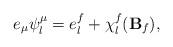
LaTeX: \begin{align*}e_{\mu}\psi^{\mu}_{l}=e^{f}_{l} + \chi^{f}_{l}({\bf B}_{f}),\end{align*}